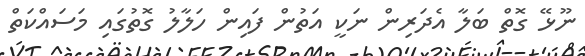
ނޫޅޭ ގޮތް ބަލާ އެދަރިން ނަކީ އަތުން ފައިން ހަލާލު ގޮތުގައި މަސައްކަތް